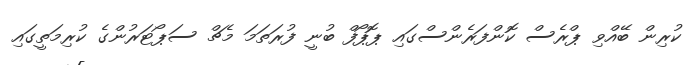
ކުރިން ބޭއްވި ޕްރެސް ކޮންފަރެންސްގައި ޕޮޕޯފް ބުނީ ފުރަތަމަ މެޗް ސަޕޯޓަރުންގެ ކުރިމަތީގައި